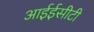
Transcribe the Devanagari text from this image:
आईईसीटी